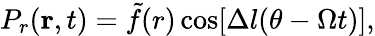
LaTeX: P_{r}(\mathbf{r},t)=\tilde{f}(r)\cos[\Delta l(\theta-\Omega t)],